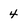
Character: 4